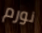
نورم